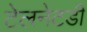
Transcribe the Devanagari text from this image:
टेलनेटडी